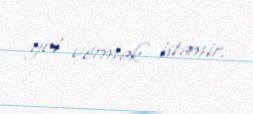
yol vermək istəmir.